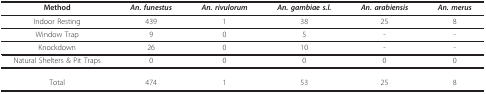
| Method | An. funestus | An. rivulorum | An. gambiae s.l. | An. arabiensis | An. merus |
 | --- | --- | --- | --- | --- | --- |
 | Indoor Resting | 439 | 1 | 38 | 25 | 8 |
 | Window Trap | 9 | 0 | 5 | - | - |
 | Knockdown | 26 | 0 | 10 | - | - |
 | Natural Shelters & Pit Traps | 0 | 0 | 0 | 0 | 0 |
 | Total | 474 | 1 | 53 | 25 | 8 |